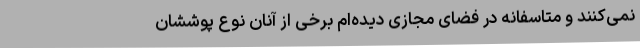
نمی‌کنند و متاسفانه در فضای مجازی دیده‌ام برخی از آنان نوع پوششان